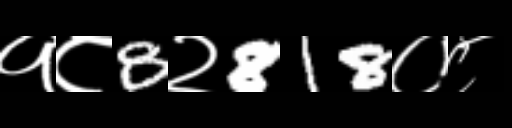
Text: १८8२818०८